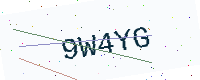
Text: 9W4YG